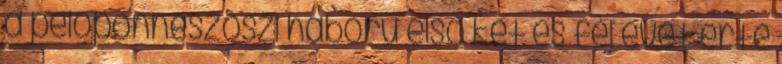
a peloponnészoszi háború első két és fél évét érte